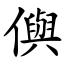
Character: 㒜